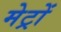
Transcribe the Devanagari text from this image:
मेट्रों